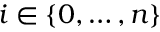
i \in \{ 0 , \ldots , n \}